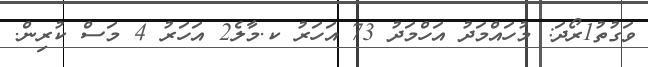
ވަގުތު1ރޯދަ: މުހައްމަދު އަހްމަދު 73 އަހަރު ކ.މާލެ2 އަހަރު 4 މަސް ކުރިން.